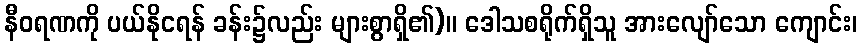
နီဝရဏကို ပယ်နိုငရန် ခန်း၌လည်း များစွာရှိ၏)။ ဒေါသစရိုက်ရှိသူ အားလျော်သော ကျောင်း၊